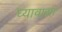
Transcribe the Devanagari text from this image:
घ्यावासा